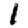
Digit: 1